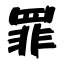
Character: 罪